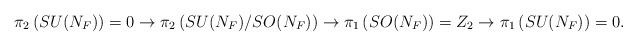
LaTeX: \begin{align*}\pi_2\left( SU({N_F})\right) = 0 \rightarrow \pi_2\left(SU({N_F})/SO({N_F})\right)\rightarrow\pi_1\left( SO({N_F})\right) = Z_2 \rightarrow\pi_1\left( SU({N_F})\right) = 0 .\end{align*}